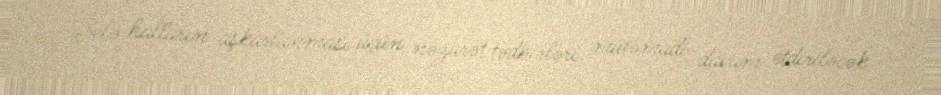
Belə halların aşkarlanması üçün nəzarət tədbirləri mütəmadi davam etdiriləcək